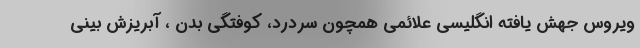
ویروس جهش یافته انگلیسی علائمی همچون سردرد، کوفتگی بدن ، آبریزش بینی